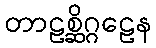
တာဠစ္ဆိဂ္ဂဠေန